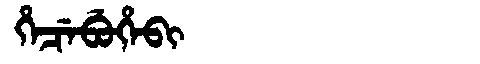
Manchu: ᡥᡝᠴᡝᠪᡠᡥᡝᠪᡳ
Romanization: HECEBUHEBI